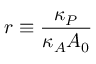
r \equiv \frac { \kappa _ { P } } { \kappa _ { A } A _ { 0 } }